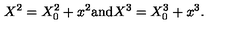
X ^ { 2 } = X _ { 0 } ^ { 2 } + x ^ { 2 } \mathrm { a n d } X ^ { 3 } = X _ { 0 } ^ { 3 } + x ^ { 3 } .